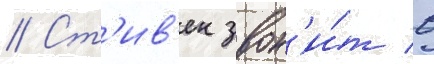
// Ст'ив'ен звон'и́т в